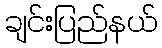
ချင်းပြည်နယ်